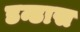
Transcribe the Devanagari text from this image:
डन्डास